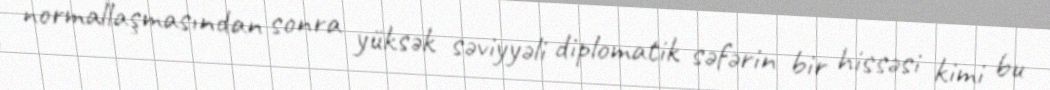
normallaşmasından sonra yüksək səviyyəli diplomatik səfərin bir hissəsi kimi bu